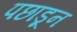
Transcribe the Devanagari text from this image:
पछाडून